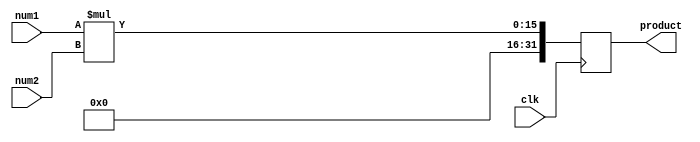
`timescale 1ns / 1ps
//////////////////////////////////////////////////////////////////////////////////
// Company: 
// Engineer: 
// 
// Design Name: 
// Module Name: multiplier
// Project Name: 
// Target Devices: 
// Tool Versions: 
// Description: 
// 
// Dependencies: 
// 
// Revision:
// Revision 0.01 - File Created
// Additional Comments:
// 
//////////////////////////////////////////////////////////////////////////////////


module multiplier (input [7:0] num1, input [7:0] num2, output reg [31:0] product, input clk);

  always @ (posedge clk)
    begin
      product <= num1 * num2;
    end

endmodule